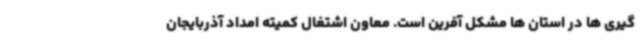
گیری ها در استان ها مشکل آفرین است. معاون اشتغال کمیته امداد آذربایجان